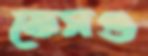
কেসগু